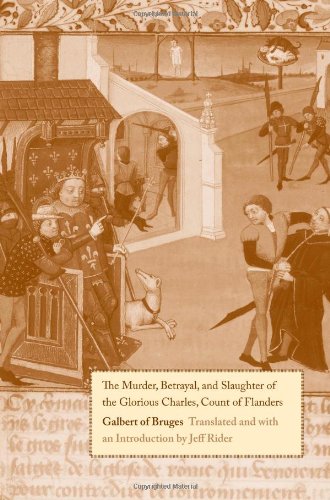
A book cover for The Murder, Betrayal, and Slaughter of the Glorious Charles, Count of Flanders; Galbert of Bruges; History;